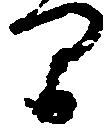
間